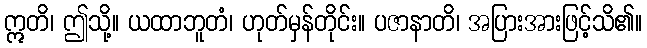
ဣတိ၊ ဤသို့။ ယထာဘူတံ၊ ဟုတ်မှန်တိုင်း။ ပဇာနာတိ၊ အပြားအားဖြင့်သိ၏။